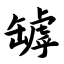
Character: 罅